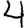
Digit: 4